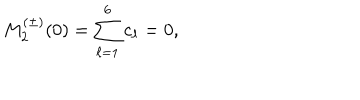
M _ { 2 } ^ { ( \pm ) } ( 0 ) = \sum _ { \ell = 1 } ^ { 6 } c _ { \ell } = 0 ,